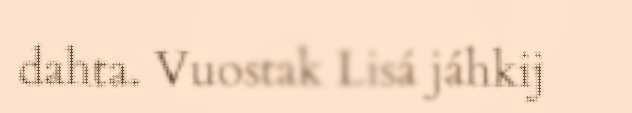
dahta. Vuostak Lisá jáhkij